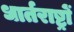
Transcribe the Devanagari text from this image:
धार्तराष्ट्रों